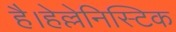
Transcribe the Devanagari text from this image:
है।हेल्लेनिस्टिक